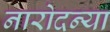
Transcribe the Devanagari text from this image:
नारोदन्या